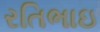
રતિભાઇ